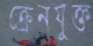
ক্রেনযুক্ত